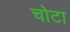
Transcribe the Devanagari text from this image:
चोटा